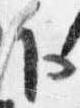
下